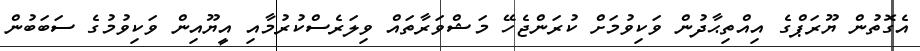
އެގޮތުން ޔޫރަޕްގެ އިއްތިޙާދުން ވަކިވުމަށް ކުރަންޖެހޭ މަޝްވަރާތައް ވިލަރެސްކުރުމާއި އީޔޫއިން ވަކިވުމުގެ ސަބަބުން